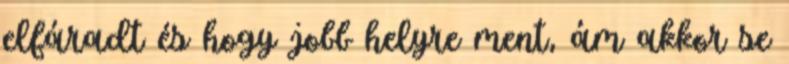
elfáradt és hogy jobb helyre ment, ám akkor se